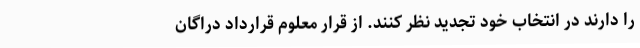
را دارند در انتخاب خود تجدید نظر کنند. از قرار معلوم قرارداد دراگان